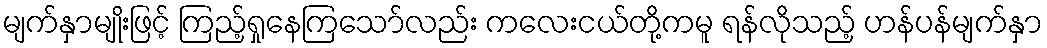
မျက်နှာမျိုးဖြင့် ကြည့်ရှုနေကြသော်လည်း ကလေးငယ်တို့ကမူ ရန်လိုသည့် ဟန်ပန်မျက်နှာ